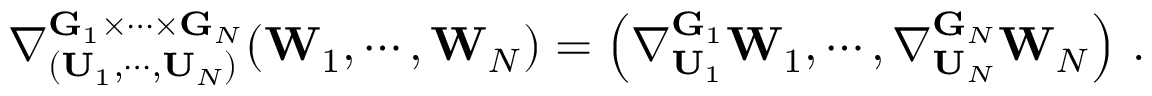
\nabla _ { ( \mathbf { U } _ { 1 } , \cdots , \mathbf { U } _ { N } ) } ^ { \mathbf { G } _ { 1 } \times \cdots \times \mathbf { G } _ { N } } ( \mathbf { W } _ { 1 } , \cdots , \mathbf { W } _ { N } ) = \left( \nabla _ { \mathbf { U } _ { 1 } } ^ { \mathbf { G } _ { 1 } } \mathbf { W } _ { 1 } , \cdots , \nabla _ { \mathbf { U } _ { N } } ^ { \mathbf { G } _ { N } } \mathbf { W } _ { N } \right) \, .